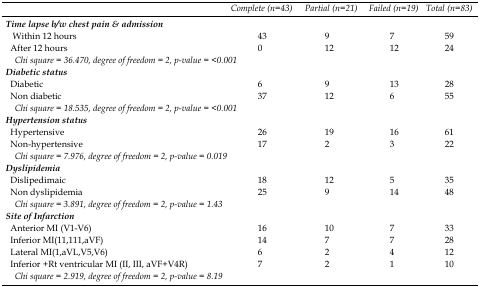
<table><thead><tr><td></td><td><b>Complete (n=43)</b></td><td><b>Partial (n=21)</b></td><td><b>Failed (n=19)</b></td><td><b>Total (n=83)</b></td></tr></thead><tbody><tr><td><i><b>Time lapse b/w chest pain &amp; admission</b></i></td><td></td><td></td><td></td><td></td></tr><tr><td> Within 12 hours</td><td>43</td><td>9</td><td>7</td><td>59</td></tr><tr><td> After 12 hours</td><td>0</td><td>12</td><td>12</td><td>24</td></tr><tr><td colspan="5"><i>Chi square = 36.470, degree of freedom = 2, p-value = &lt;0.001</i></td></tr><tr><td><i><b>Diabetic status</b></i></td><td></td><td></td><td></td><td></td></tr><tr><td> Diabetic</td><td>6</td><td>9</td><td>13</td><td>28</td></tr><tr><td> Non diabetic</td><td>37</td><td>12</td><td>6</td><td>55</td></tr><tr><td colspan="5"><i>Chi square = 18.535, degree of freedom = 2, p-value = &lt;0.001</i></td></tr><tr><td><i><b>Hypertension status</b></i></td><td></td><td></td><td></td><td></td></tr><tr><td> Hypertensive</td><td>26</td><td>19</td><td>16</td><td>61</td></tr><tr><td> Non-hypertensive</td><td>17</td><td>2</td><td>3</td><td>22</td></tr><tr><td colspan="5"><i>Chi square = 7.976, degree of freedom = 2, p-value = 0.019</i></td></tr><tr><td><i><b>Dyslipidemia</b></i></td><td></td><td></td><td></td><td></td></tr><tr><td> Dislipedimaic</td><td>18</td><td>12</td><td>5</td><td>35</td></tr><tr><td> Non dyslipidemia</td><td>25</td><td>9</td><td>14</td><td>48</td></tr><tr><td colspan="5"><i>Chi square = 3.891, degree of freedom = 2, p-value = 1.43</i></td></tr><tr><td><i><b>Site of Infarction</b></i></td><td></td><td></td><td></td><td></td></tr><tr><td> Anterior MI (V1-V6)</td><td>16</td><td>10</td><td>7</td><td>33</td></tr><tr><td> Inferior MI(11,111,aVF)</td><td>14</td><td>7</td><td>7</td><td>28</td></tr><tr><td> Lateral MI(1,aVL,V5,V6)</td><td>6</td><td>2</td><td>4</td><td>12</td></tr><tr><td> Inferior +Rt ventricular MI (II, III, aVF+V4R)</td><td>7</td><td>2</td><td>1</td><td>10</td></tr><tr><td colspan="5"><i>Chi square = 2.919, degree of freedom = 2, p-value = 8.19</i></td></tr></tbody></table>